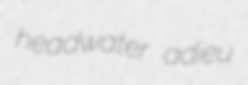
headwater adieu